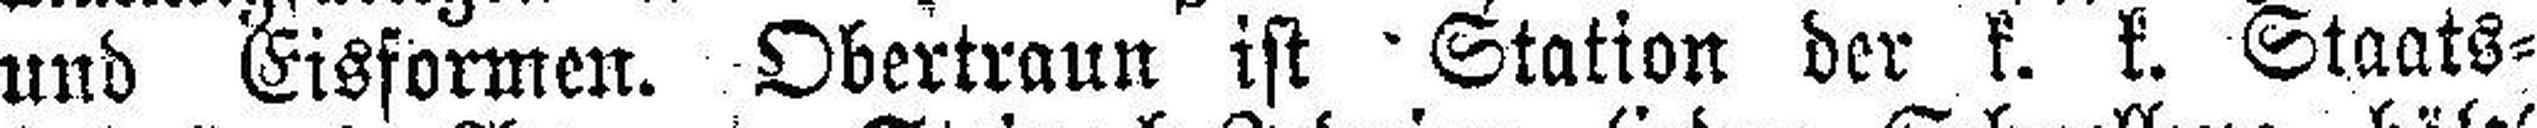
und Eisformen. Obertraun ist Station der k. k. Staats¬